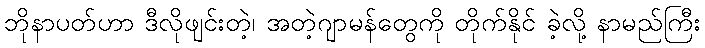
ဘိုနာပတ်ဟာ ဒီလိုဖျင်းတဲ့၊ အတဲ့ဂျာမန်တွေကို တိုက်နိုင် ခဲ့လို့ နာမည်ကြီး